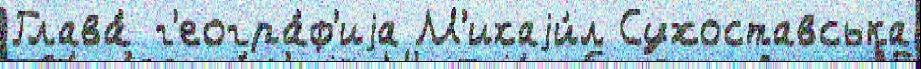
Глава́ г'еогра́ф'иjа М'ихаjи́л Сухоставська